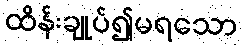
ထိန်းချုပ်၍မရသော